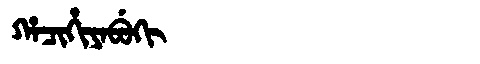
Manchu: ᡥᠠᠴᡳᡥᡳᠶᠠᠪᡠᡴᡳ
Romanization: HACIHIYABUKI